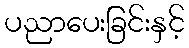
ပညာပေးခြင်းနှင့်